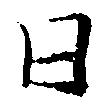
日